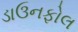
ડાઉનફોલ